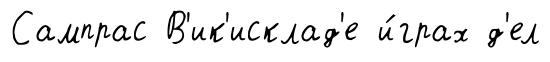
Сампрас В'ик'исклад'е и́грах д'ел